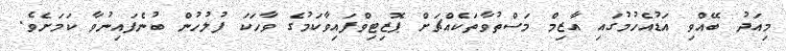
މިއަދު ބޭއްވި އަޑުއެހުމުގައި އާޒިމް މަސްތުވާތަކެއްޗަށް ޕޮޒިޓިވްފައިވާކަމުގެ ވާހަކަ ފުލުހުން ބުނެފައިނުވާ ކަމަށެވެ.